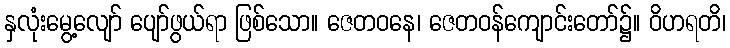
နှလုံးမွေ့လျော် ပျော်ဖွယ်ရာ ဖြစ်သော။ ဇေတဝနေ၊ ဇေတဝန်ကျောင်းတော်၌။ ဝိဟရတိ၊